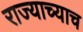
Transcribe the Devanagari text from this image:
राज्याच्याच